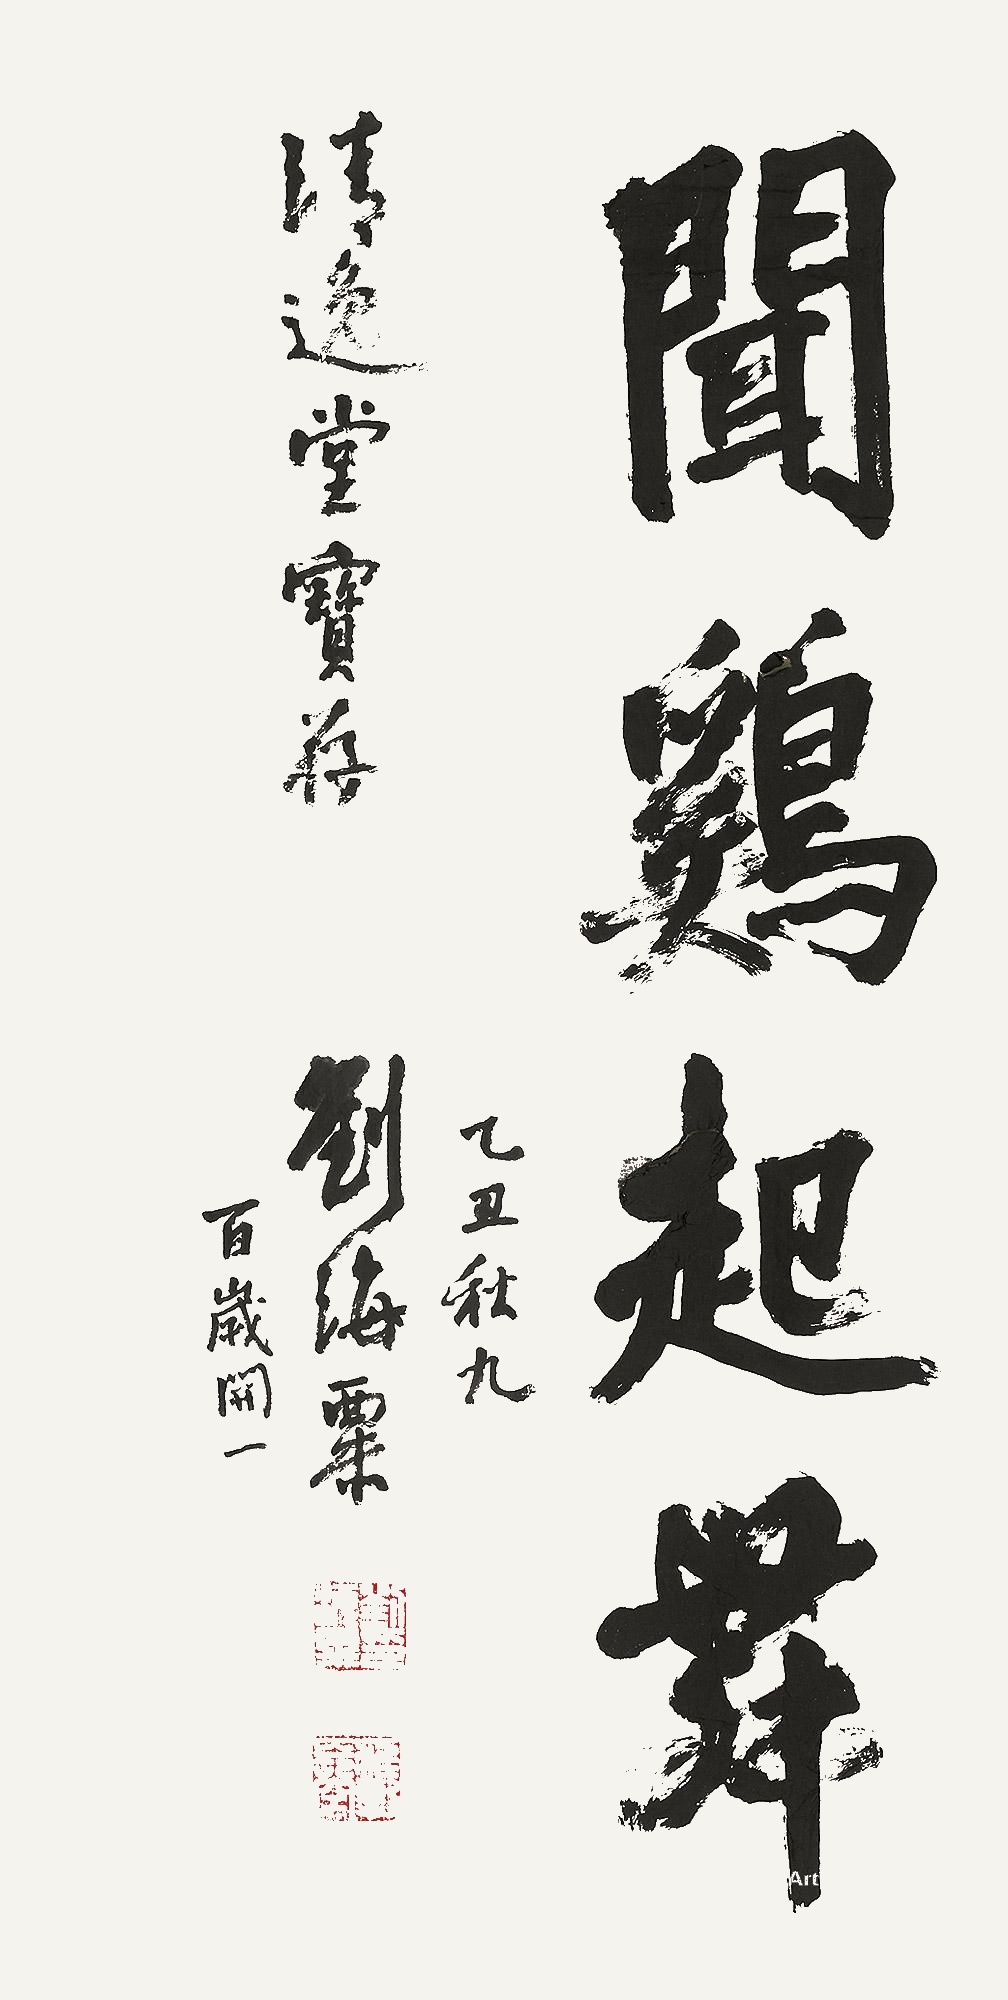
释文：闻鸡起舞清逸堂宝存。乙丑秋九。刘海粟百岁开一。